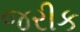
જરીક